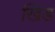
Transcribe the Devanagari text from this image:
खिड